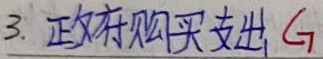
3. 政府购买支出 \(G\)